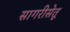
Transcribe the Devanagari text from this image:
सागरीसेतू